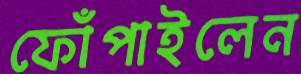
ফোঁপাইলেন